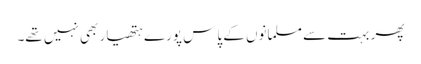
پھر بہت سے مسلمانوں کے پاس پورے ہتھیار بھی نہیں تھے۔